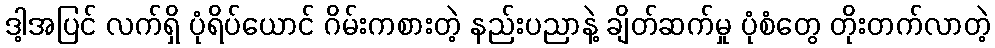
ဒါ့အပြင် လက်ရှိ ပုံရိပ်ယောင် ဂိမ်းကစားတဲ့ နည်းပညာနဲ့ ချိတ်ဆက်မှု ပုံစံတွေ တိုးတက်လာတဲ့